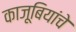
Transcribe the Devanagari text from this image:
काजूबियांचे